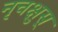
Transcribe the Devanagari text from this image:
नृचक्षुस्